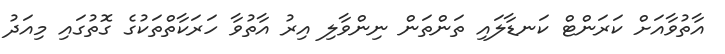
އާތުވާއަށް ކަރަންޓް ކަނޑާލައި ތަންތަން ނިންވާލި އިރު އާތުވާ ހަރަކާތްތަކުގެ ގޮތުގައި މިއަދު